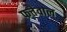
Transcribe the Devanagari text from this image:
फत्तेवाल